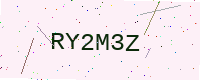
Text: RY2M3Z